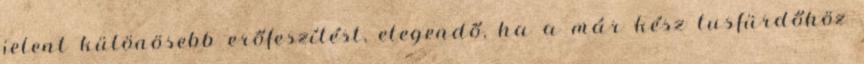
jelent különösebb erőfeszítést, elegendő, ha a már kész tusfürdőhöz